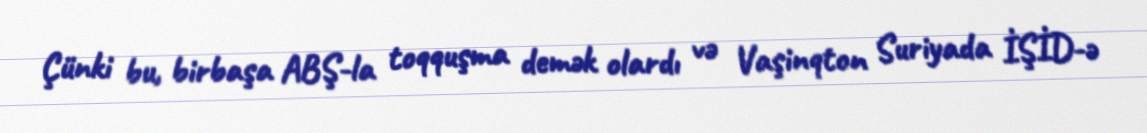
Çünki bu, birbaşa ABŞ-la toqquşma demək olardı və Vaşinqton Suriyada İŞİD-ə